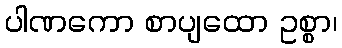
ပါဏကော စာပျထော ဥစ္စာ၊